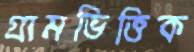
গ্রামভিত্তিক